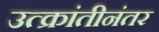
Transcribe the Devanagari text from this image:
उत्क्रांतीनंतर